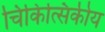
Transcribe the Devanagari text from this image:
चिकित्सिकीय